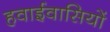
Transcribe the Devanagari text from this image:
हवाईवासियों